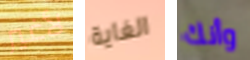
لأغير الغاية وأنك